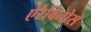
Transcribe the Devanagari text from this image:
ऐरेबिनोस